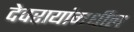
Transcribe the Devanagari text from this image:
देवरायांमधील